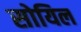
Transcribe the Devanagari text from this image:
सोयिल